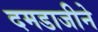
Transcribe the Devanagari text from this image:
दमडाजीने